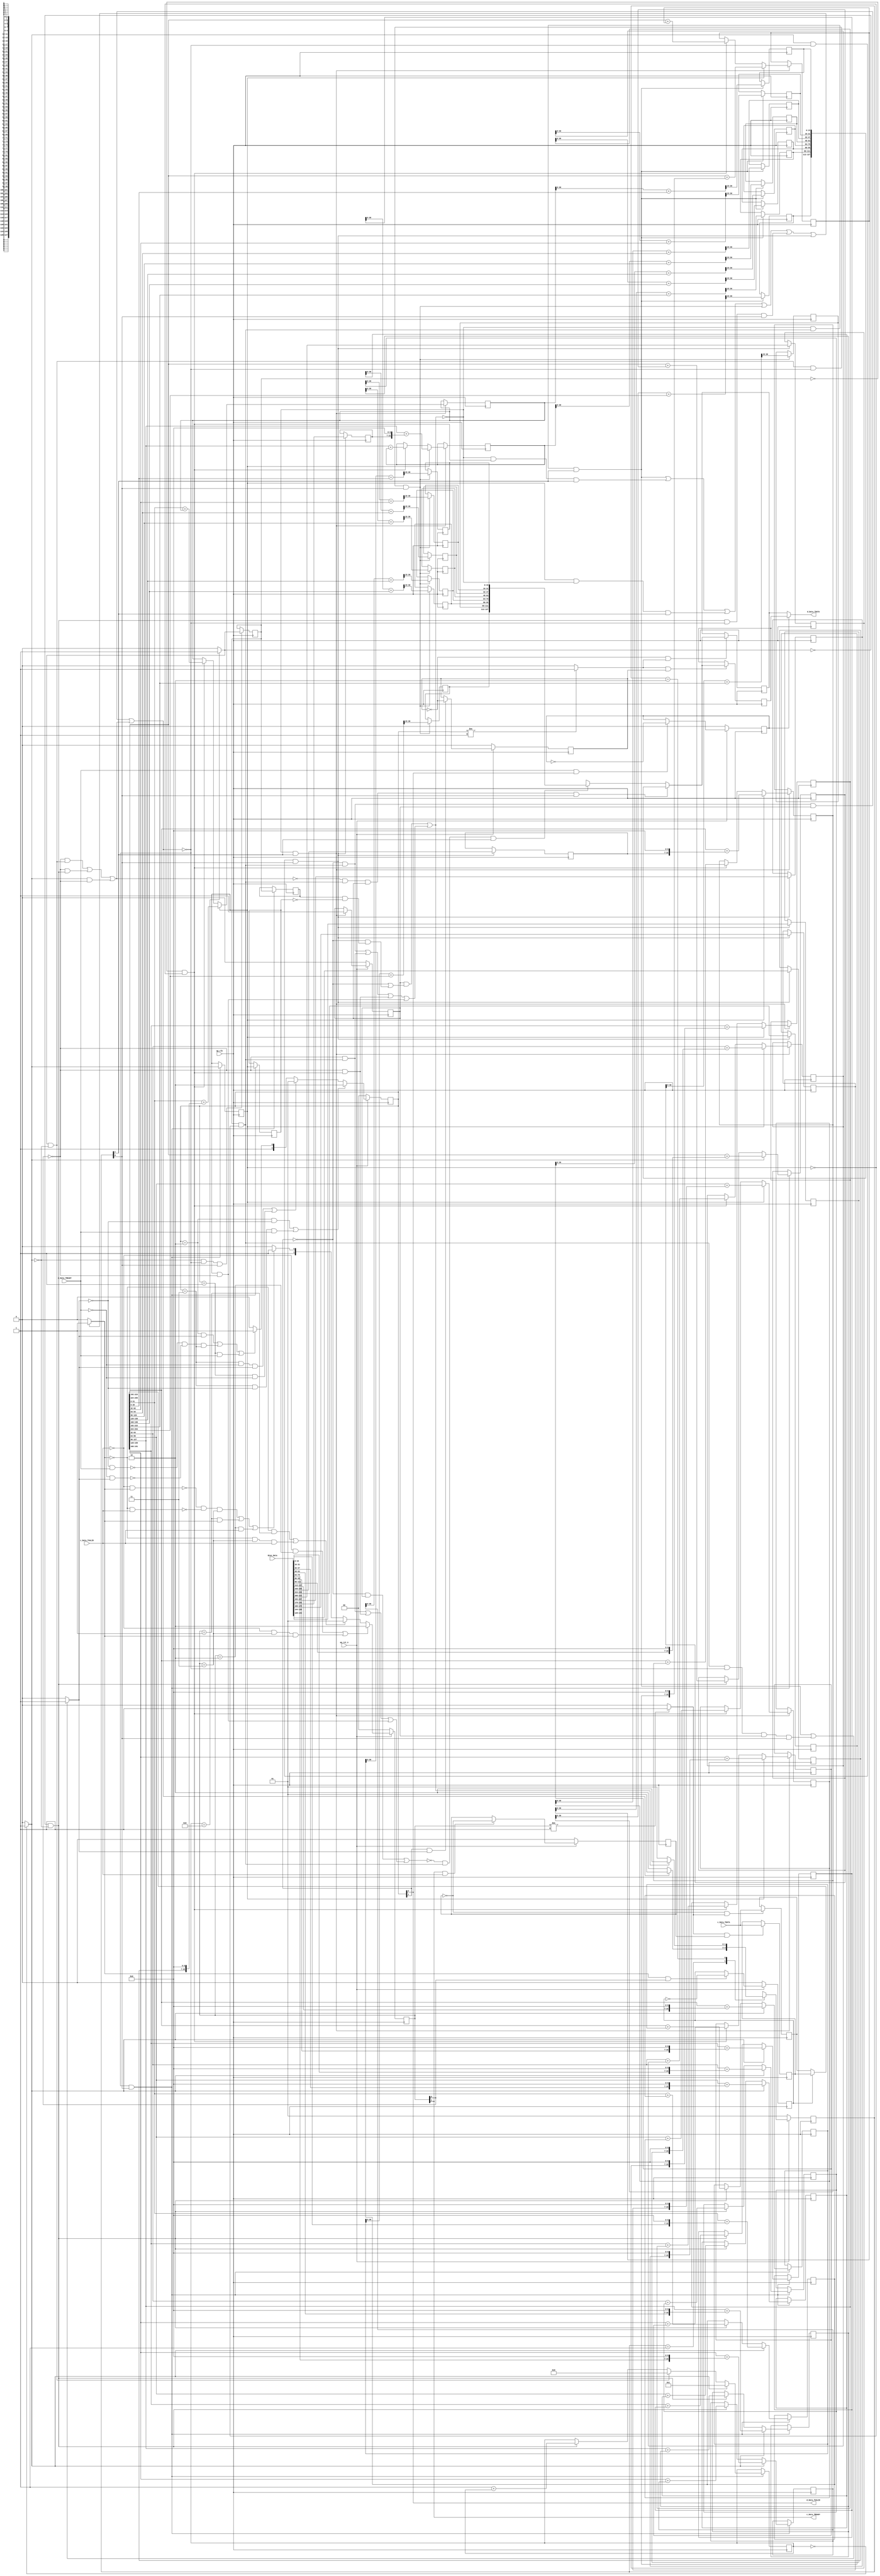
module Layer3_ACC_Array_8_16 (
        ap_clk,
        ap_rst_n,
        c_Data_TDATA,
        c_Data_TVALID,
        c_Data_TREADY,
        Bias_Data,
        d_Data_TDATA,
        d_Data_TVALID,
        d_Data_TREADY
);

parameter    ap_ST_fsm_pp0_stage0 = 2'd1;
parameter    ap_ST_fsm_pp0_stage1 = 2'd2;

input   ap_clk;
input   ap_rst_n;
input  [255:0] c_Data_TDATA;
input   c_Data_TVALID;
output   c_Data_TREADY;
input  [255:0] Bias_Data;
output  [127:0] d_Data_TDATA;
output   d_Data_TVALID;
input   d_Data_TREADY;

 reg    ap_rst_n_inv;
reg   [255:0] c_Data_0_data_out;
wire    c_Data_0_vld_in;
wire    c_Data_0_vld_out;
wire    c_Data_0_ack_in;
reg    c_Data_0_ack_out;
reg   [255:0] c_Data_0_payload_A;
reg   [255:0] c_Data_0_payload_B;
reg    c_Data_0_sel_rd;
reg    c_Data_0_sel_wr;
wire    c_Data_0_sel;
wire    c_Data_0_load_A;
wire    c_Data_0_load_B;
reg   [1:0] c_Data_0_state;
wire    c_Data_0_state_cmp_full;
reg   [127:0] d_Data_1_data_in;
reg   [127:0] d_Data_1_data_out;
reg    d_Data_1_vld_in;
wire    d_Data_1_vld_out;
wire    d_Data_1_ack_in;
wire    d_Data_1_ack_out;
reg   [127:0] d_Data_1_payload_A;
reg   [127:0] d_Data_1_payload_B;
reg    d_Data_1_sel_rd;
reg    d_Data_1_sel_wr;
wire    d_Data_1_sel;
wire    d_Data_1_load_A;
wire    d_Data_1_load_B;
reg   [1:0] d_Data_1_state;
wire    d_Data_1_state_cmp_full;
reg   [7:0] cnt;
reg   [31:0] d_t_0;
reg   [31:0] d_t_1;
reg   [31:0] d_t_2;
reg   [31:0] d_t_3;
reg   [31:0] d_t_4;
reg   [31:0] d_t_5;
reg   [31:0] d_t_6;
reg   [31:0] d_t_7;
reg   [31:0] d_t_8;
reg   [31:0] d_t_9;
reg   [31:0] d_t_10;
reg   [31:0] d_t_11;
reg   [31:0] d_t_12;
reg   [31:0] d_t_13;
reg   [31:0] d_t_14;
reg   [31:0] d_t_15;
reg    c_Data_TDATA_blk_n;
(* fsm_encoding = "none" *) reg   [1:0] ap_CS_fsm;
wire    ap_CS_fsm_pp0_stage0;
wire    ap_block_pp0_stage0;
wire   [0:0] tmp_fu_359_p2;
wire    ap_CS_fsm_pp0_stage1;
wire    ap_block_pp0_stage1;
reg   [0:0] tmp_reg_1551;
wire   [0:0] tmp_1_42_fu_429_p2;
reg   [0:0] tmp_1_42_reg_1555;
reg    d_Data_TDATA_blk_n;
reg    ap_enable_reg_pp0_iter1;
reg   [0:0] tmp_reg_1551_pp0_iter1_reg;
reg   [0:0] tmp_1_42_reg_1555_pp0_iter1_reg;
reg    ap_predicate_op27_read_state1;
reg    ap_predicate_op55_read_state1;
reg    ap_block_state1_pp0_stage0_iter0;
wire    ap_block_state3_pp0_stage0_iter1;
reg    ap_predicate_op247_write_state3;
reg    ap_predicate_op249_write_state3;
reg    ap_block_state3_io;
reg    ap_block_pp0_stage0_11001;
reg   [15:0] tmp_50_reg_1559;
reg   [15:0] tmp_52_reg_1564;
reg   [15:0] tmp_54_reg_1569;
reg   [15:0] tmp_56_reg_1574;
reg   [15:0] tmp_58_reg_1579;
reg   [15:0] tmp_60_reg_1584;
reg   [15:0] tmp_62_reg_1589;
reg   [15:0] tmp_64_reg_1594;
reg   [15:0] tmp_33_reg_1599;
reg   [15:0] tmp_35_reg_1604;
reg   [15:0] tmp_37_reg_1609;
reg   [15:0] tmp_39_reg_1614;
reg   [15:0] tmp_41_reg_1619;
reg   [15:0] tmp_43_reg_1624;
reg   [15:0] tmp_45_reg_1629;
reg   [15:0] tmp_47_reg_1634;
wire   [127:0] tmp_65_fu_1205_p9;
reg    ap_predicate_op154_read_state2;
reg    ap_predicate_op181_read_state2;
reg    ap_block_state2_pp0_stage1_iter0;
reg    ap_predicate_op180_write_state2;
reg    ap_block_state2_io;
reg    ap_block_state4_pp0_stage1_iter1;
reg    ap_predicate_op259_write_state4;
reg    ap_block_state4_io;
reg    ap_block_pp0_stage1_11001;
reg   [15:0] tmp_43_1_reg_1644;
reg   [15:0] tmp_48_1_reg_1649;
reg   [15:0] tmp_53_1_reg_1654;
reg   [15:0] tmp_58_1_reg_1659;
reg   [15:0] tmp_63_1_reg_1664;
reg   [15:0] tmp_68_1_reg_1669;
reg   [15:0] tmp_73_1_reg_1674;
reg   [15:0] tmp_78_1_reg_1679;
wire   [127:0] tmp_66_fu_1538_p9;
reg    ap_block_pp0_stage1_subdone;
wire   [7:0] tmp_79_fu_535_p2;
wire   [31:0] tmp_68_fu_439_p2;
wire   [31:0] tmp_3_fu_705_p2;
wire   [31:0] tmp_70_fu_451_p2;
wire   [31:0] tmp_s_fu_739_p2;
wire   [31:0] tmp_72_fu_463_p2;
wire   [31:0] tmp_12_fu_773_p2;
wire   [31:0] tmp_74_fu_475_p2;
wire   [31:0] tmp_16_fu_807_p2;
wire   [31:0] tmp_76_fu_487_p2;
wire   [31:0] tmp_20_fu_841_p2;
wire   [31:0] tmp_78_fu_499_p2;
wire   [31:0] tmp_24_fu_875_p2;
wire   [31:0] tmp_81_fu_511_p2;
wire   [31:0] tmp_28_fu_909_p2;
wire   [31:0] tmp_83_fu_523_p2;
wire   [31:0] tmp_32_fu_943_p2;
wire   [31:0] tmp_81_1_fu_1109_p2;
wire   [31:0] tmp_5_1_fu_1365_p2;
wire   [31:0] tmp_84_1_fu_1121_p2;
wire   [31:0] tmp_1_fu_1388_p2;
wire   [31:0] tmp_87_1_fu_1133_p2;
wire   [31:0] tmp_14_1_fu_1411_p2;
wire   [31:0] tmp_90_1_fu_1145_p2;
wire   [31:0] tmp_19_1_fu_1434_p2;
wire   [31:0] tmp_93_1_fu_1157_p2;
wire   [31:0] tmp_24_1_fu_1457_p2;
wire   [31:0] tmp_96_1_fu_1169_p2;
wire   [31:0] tmp_29_1_fu_1480_p2;
wire   [31:0] tmp_99_1_fu_1181_p2;
wire   [31:0] tmp_34_1_fu_1503_p2;
wire   [31:0] tmp_102_1_fu_1193_p2;
wire   [31:0] tmp_39_1_fu_1526_p2;
reg    ap_block_pp0_stage1_01001;
reg    ap_block_pp0_stage0_01001;
wire   [31:0] tmp_108_fu_435_p1;
wire   [31:0] grp_fu_215_p4;
wire   [31:0] grp_fu_225_p4;
wire   [31:0] grp_fu_235_p4;
wire   [31:0] grp_fu_245_p4;
wire   [31:0] grp_fu_255_p4;
wire   [31:0] grp_fu_265_p4;
wire   [31:0] grp_fu_275_p4;
wire   [30:0] tmp_2_fu_369_p1;
wire   [30:0] tmp_106_fu_553_p1;
wire   [30:0] tmp_49_fu_557_p2;
wire   [30:0] tmp_5_fu_377_p1;
wire   [30:0] grp_fu_285_p4;
wire   [30:0] tmp_51_fu_573_p2;
wire   [30:0] tmp_34_fu_385_p1;
wire   [30:0] grp_fu_295_p4;
wire   [30:0] tmp_53_fu_589_p2;
wire   [30:0] tmp_67_fu_393_p1;
wire   [30:0] grp_fu_305_p4;
wire   [30:0] tmp_55_fu_605_p2;
wire   [30:0] tmp_84_fu_401_p1;
wire   [30:0] grp_fu_315_p4;
wire   [30:0] tmp_57_fu_621_p2;
wire   [30:0] tmp_92_fu_409_p1;
wire   [30:0] grp_fu_325_p4;
wire   [30:0] tmp_59_fu_637_p2;
wire   [30:0] tmp_93_fu_417_p1;
wire   [30:0] grp_fu_335_p4;
wire   [30:0] tmp_61_fu_653_p2;
wire   [30:0] tmp_94_fu_425_p1;
wire   [30:0] grp_fu_345_p4;
wire   [30:0] tmp_63_fu_669_p2;
wire   [15:0] tmp_103_fu_685_p1;
wire   [22:0] tmp_4_fu_689_p3;
wire   [31:0] tmp_104_fu_701_p1;
wire  signed [31:0] tmp_4_cast_fu_697_p1;
wire   [15:0] tmp_6_fu_717_p4;
wire   [22:0] tmp_9_fu_727_p3;
wire  signed [31:0] tmp_9_cast_fu_735_p1;
wire   [15:0] tmp_8_fu_751_p4;
wire   [22:0] tmp_10_fu_761_p3;
wire  signed [31:0] tmp_13_cast_fu_769_p1;
wire   [15:0] tmp_13_fu_785_p4;
wire   [22:0] tmp_14_fu_795_p3;
wire  signed [31:0] tmp_18_cast_fu_803_p1;
wire   [15:0] tmp_17_fu_819_p4;
wire   [22:0] tmp_18_fu_829_p3;
wire  signed [31:0] tmp_23_cast_fu_837_p1;
wire   [15:0] tmp_21_fu_853_p4;
wire   [22:0] tmp_22_fu_863_p3;
wire  signed [31:0] tmp_28_cast_fu_871_p1;
wire   [15:0] tmp_25_fu_887_p4;
wire   [22:0] tmp_26_fu_897_p3;
wire  signed [31:0] tmp_33_cast_fu_905_p1;
wire   [15:0] tmp_29_fu_921_p4;
wire   [22:0] tmp_30_fu_931_p3;
wire  signed [31:0] tmp_38_cast_fu_939_p1;
wire   [31:0] tmp_109_fu_1105_p1;
wire   [30:0] tmp_95_fu_1045_p1;
wire   [30:0] tmp_107_fu_1218_p1;
wire   [30:0] tmp_41_1_fu_1222_p2;
wire   [30:0] tmp_96_fu_1053_p1;
wire   [30:0] tmp_46_1_fu_1238_p2;
wire   [30:0] tmp_97_fu_1061_p1;
wire   [30:0] tmp_51_1_fu_1254_p2;
wire   [30:0] tmp_98_fu_1069_p1;
wire   [30:0] tmp_56_1_fu_1270_p2;
wire   [30:0] tmp_99_fu_1077_p1;
wire   [30:0] tmp_61_1_fu_1286_p2;
wire   [30:0] tmp_100_fu_1085_p1;
wire   [30:0] tmp_66_1_fu_1302_p2;
wire   [30:0] tmp_101_fu_1093_p1;
wire   [30:0] tmp_71_1_fu_1318_p2;
wire   [30:0] tmp_102_fu_1101_p1;
wire   [30:0] tmp_76_1_fu_1334_p2;
wire   [22:0] tmp_4_1_fu_1350_p3;
wire   [31:0] tmp_105_fu_1361_p1;
wire  signed [31:0] tmp_4_1_cast_fu_1357_p1;
wire   [22:0] tmp_9_1_fu_1377_p3;
wire  signed [31:0] tmp_9_1_cast_fu_1384_p1;
wire   [22:0] tmp_13_1_fu_1400_p3;
wire  signed [31:0] tmp_13_1_cast_fu_1407_p1;
wire   [22:0] tmp_18_1_fu_1423_p3;
wire  signed [31:0] tmp_18_1_cast_fu_1430_p1;
wire   [22:0] tmp_23_1_fu_1446_p3;
wire  signed [31:0] tmp_23_1_cast_fu_1453_p1;
wire   [22:0] tmp_28_1_fu_1469_p3;
wire  signed [31:0] tmp_28_1_cast_fu_1476_p1;
wire   [22:0] tmp_33_1_fu_1492_p3;
wire  signed [31:0] tmp_33_1_cast_fu_1499_p1;
wire   [22:0] tmp_38_1_fu_1515_p3;
wire  signed [31:0] tmp_38_1_cast_fu_1522_p1;
reg   [1:0] ap_NS_fsm;
reg    ap_block_pp0_stage0_subdone;
wire    ap_reset_idle_pp0;
reg    ap_idle_pp0;
wire    ap_enable_pp0;
reg    ap_condition_346;
reg    ap_condition_386;

// power-on initialization
initial begin
#0 c_Data_0_sel_rd = 1'b0;
#0 c_Data_0_sel_wr = 1'b0;
#0 c_Data_0_state = 2'd0;
#0 d_Data_1_sel_rd = 1'b0;
#0 d_Data_1_sel_wr = 1'b0;
#0 d_Data_1_state = 2'd0;
#0 cnt = 8'd0;
#0 d_t_0 = 32'd0;
#0 d_t_1 = 32'd0;
#0 d_t_2 = 32'd0;
#0 d_t_3 = 32'd0;
#0 d_t_4 = 32'd0;
#0 d_t_5 = 32'd0;
#0 d_t_6 = 32'd0;
#0 d_t_7 = 32'd0;
#0 d_t_8 = 32'd0;
#0 d_t_9 = 32'd0;
#0 d_t_10 = 32'd0;
#0 d_t_11 = 32'd0;
#0 d_t_12 = 32'd0;
#0 d_t_13 = 32'd0;
#0 d_t_14 = 32'd0;
#0 d_t_15 = 32'd0;
#0 ap_CS_fsm = 2'd1;
#0 ap_enable_reg_pp0_iter1 = 1'b0;
end

always @ (posedge ap_clk) begin
    if (ap_rst_n_inv == 1'b1) begin
        ap_CS_fsm <= ap_ST_fsm_pp0_stage0;
    end else begin
        ap_CS_fsm <= ap_NS_fsm;
    end
end

always @ (posedge ap_clk) begin
    if (ap_rst_n_inv == 1'b1) begin
        ap_enable_reg_pp0_iter1 <= 1'b0;
    end else begin
        if (((1'b0 == ap_block_pp0_stage1_subdone) & (1'b1 == ap_CS_fsm_pp0_stage1))) begin
            ap_enable_reg_pp0_iter1 <= 1'b1;
        end
    end
end

always @ (posedge ap_clk) begin
    if (ap_rst_n_inv == 1'b1) begin
        c_Data_0_sel_rd <= 1'b0;
    end else begin
        if (((c_Data_0_ack_out == 1'b1) & (c_Data_0_vld_out == 1'b1))) begin
            c_Data_0_sel_rd <= ~c_Data_0_sel_rd;
        end
    end
end

always @ (posedge ap_clk) begin
    if (ap_rst_n_inv == 1'b1) begin
        c_Data_0_sel_wr <= 1'b0;
    end else begin
        if (((c_Data_0_ack_in == 1'b1) & (c_Data_0_vld_in == 1'b1))) begin
            c_Data_0_sel_wr <= ~c_Data_0_sel_wr;
        end
    end
end

always @ (posedge ap_clk) begin
    if (ap_rst_n_inv == 1'b1) begin
        c_Data_0_state <= 2'd0;
    end else begin
        if ((((c_Data_0_vld_in == 1'b0) & (c_Data_0_state == 2'd2)) | ((c_Data_0_vld_in == 1'b0) & (c_Data_0_state == 2'd3) & (c_Data_0_ack_out == 1'b1)))) begin
            c_Data_0_state <= 2'd2;
        end else if ((((c_Data_0_ack_out == 1'b0) & (c_Data_0_state == 2'd1)) | ((c_Data_0_ack_out == 1'b0) & (c_Data_0_state == 2'd3) & (c_Data_0_vld_in == 1'b1)))) begin
            c_Data_0_state <= 2'd1;
        end else if (((~((c_Data_0_vld_in == 1'b0) & (c_Data_0_ack_out == 1'b1)) & ~((c_Data_0_ack_out == 1'b0) & (c_Data_0_vld_in == 1'b1)) & (c_Data_0_state == 2'd3)) | ((c_Data_0_state == 2'd1) & (c_Data_0_ack_out == 1'b1)) | ((c_Data_0_state == 2'd2) & (c_Data_0_vld_in == 1'b1)))) begin
            c_Data_0_state <= 2'd3;
        end else begin
            c_Data_0_state <= 2'd2;
        end
    end
end

always @ (posedge ap_clk) begin
    if (ap_rst_n_inv == 1'b1) begin
        d_Data_1_sel_rd <= 1'b0;
    end else begin
        if (((d_Data_1_ack_out == 1'b1) & (d_Data_1_vld_out == 1'b1))) begin
            d_Data_1_sel_rd <= ~d_Data_1_sel_rd;
        end
    end
end

always @ (posedge ap_clk) begin
    if (ap_rst_n_inv == 1'b1) begin
        d_Data_1_sel_wr <= 1'b0;
    end else begin
        if (((d_Data_1_ack_in == 1'b1) & (d_Data_1_vld_in == 1'b1))) begin
            d_Data_1_sel_wr <= ~d_Data_1_sel_wr;
        end
    end
end

always @ (posedge ap_clk) begin
    if (ap_rst_n_inv == 1'b1) begin
        d_Data_1_state <= 2'd0;
    end else begin
        if ((((d_Data_1_state == 2'd2) & (d_Data_1_vld_in == 1'b0)) | ((d_Data_1_state == 2'd3) & (d_Data_1_vld_in == 1'b0) & (d_Data_1_ack_out == 1'b1)))) begin
            d_Data_1_state <= 2'd2;
        end else if ((((d_Data_1_state == 2'd3) & (d_Data_1_ack_out == 1'b0) & (d_Data_1_vld_in == 1'b1)) | ((d_Data_1_state == 2'd1) & (d_Data_1_ack_out == 1'b0)))) begin
            d_Data_1_state <= 2'd1;
        end else if ((((d_Data_1_state == 2'd2) & (d_Data_1_vld_in == 1'b1)) | (~((d_Data_1_vld_in == 1'b0) & (d_Data_1_ack_out == 1'b1)) & ~((d_Data_1_ack_out == 1'b0) & (d_Data_1_vld_in == 1'b1)) & (d_Data_1_state == 2'd3)) | ((d_Data_1_state == 2'd1) & (d_Data_1_ack_out == 1'b1)))) begin
            d_Data_1_state <= 2'd3;
        end else begin
            d_Data_1_state <= 2'd2;
        end
    end
end

always @ (posedge ap_clk) begin
    if ((1'b1 == ap_condition_346)) begin
        if ((tmp_fu_359_p2 == 1'd1)) begin
            cnt <= 8'd1;
        end else if (((tmp_1_42_fu_429_p2 == 1'd1) & (tmp_fu_359_p2 == 1'd0))) begin
            cnt <= 8'd0;
        end else if (((tmp_1_42_fu_429_p2 == 1'd0) & (tmp_fu_359_p2 == 1'd0))) begin
            cnt <= tmp_79_fu_535_p2;
        end
    end
end

always @ (posedge ap_clk) begin
    if ((1'b1 == ap_condition_346)) begin
        if ((tmp_fu_359_p2 == 1'd1)) begin
            d_t_0 <= tmp_3_fu_705_p2;
        end else if (((tmp_1_42_fu_429_p2 == 1'd0) & (tmp_fu_359_p2 == 1'd0))) begin
            d_t_0 <= tmp_68_fu_439_p2;
        end
    end
end

always @ (posedge ap_clk) begin
    if ((1'b1 == ap_condition_346)) begin
        if ((tmp_fu_359_p2 == 1'd1)) begin
            d_t_1 <= tmp_s_fu_739_p2;
        end else if (((tmp_1_42_fu_429_p2 == 1'd0) & (tmp_fu_359_p2 == 1'd0))) begin
            d_t_1 <= tmp_70_fu_451_p2;
        end
    end
end

always @ (posedge ap_clk) begin
    if ((1'b1 == ap_condition_386)) begin
        if ((tmp_reg_1551 == 1'd1)) begin
            d_t_10 <= tmp_14_1_fu_1411_p2;
        end else if (((tmp_1_42_reg_1555 == 1'd0) & (tmp_reg_1551 == 1'd0))) begin
            d_t_10 <= tmp_87_1_fu_1133_p2;
        end
    end
end

always @ (posedge ap_clk) begin
    if ((1'b1 == ap_condition_386)) begin
        if ((tmp_reg_1551 == 1'd1)) begin
            d_t_11 <= tmp_19_1_fu_1434_p2;
        end else if (((tmp_1_42_reg_1555 == 1'd0) & (tmp_reg_1551 == 1'd0))) begin
            d_t_11 <= tmp_90_1_fu_1145_p2;
        end
    end
end

always @ (posedge ap_clk) begin
    if ((1'b1 == ap_condition_386)) begin
        if ((tmp_reg_1551 == 1'd1)) begin
            d_t_12 <= tmp_24_1_fu_1457_p2;
        end else if (((tmp_1_42_reg_1555 == 1'd0) & (tmp_reg_1551 == 1'd0))) begin
            d_t_12 <= tmp_93_1_fu_1157_p2;
        end
    end
end

always @ (posedge ap_clk) begin
    if ((1'b1 == ap_condition_386)) begin
        if ((tmp_reg_1551 == 1'd1)) begin
            d_t_13 <= tmp_29_1_fu_1480_p2;
        end else if (((tmp_1_42_reg_1555 == 1'd0) & (tmp_reg_1551 == 1'd0))) begin
            d_t_13 <= tmp_96_1_fu_1169_p2;
        end
    end
end

always @ (posedge ap_clk) begin
    if ((1'b1 == ap_condition_386)) begin
        if ((tmp_reg_1551 == 1'd1)) begin
            d_t_14 <= tmp_34_1_fu_1503_p2;
        end else if (((tmp_1_42_reg_1555 == 1'd0) & (tmp_reg_1551 == 1'd0))) begin
            d_t_14 <= tmp_99_1_fu_1181_p2;
        end
    end
end

always @ (posedge ap_clk) begin
    if ((1'b1 == ap_condition_386)) begin
        if ((tmp_reg_1551 == 1'd1)) begin
            d_t_15 <= tmp_39_1_fu_1526_p2;
        end else if (((tmp_1_42_reg_1555 == 1'd0) & (tmp_reg_1551 == 1'd0))) begin
            d_t_15 <= tmp_102_1_fu_1193_p2;
        end
    end
end

always @ (posedge ap_clk) begin
    if ((1'b1 == ap_condition_346)) begin
        if ((tmp_fu_359_p2 == 1'd1)) begin
            d_t_2 <= tmp_12_fu_773_p2;
        end else if (((tmp_1_42_fu_429_p2 == 1'd0) & (tmp_fu_359_p2 == 1'd0))) begin
            d_t_2 <= tmp_72_fu_463_p2;
        end
    end
end

always @ (posedge ap_clk) begin
    if ((1'b1 == ap_condition_346)) begin
        if ((tmp_fu_359_p2 == 1'd1)) begin
            d_t_3 <= tmp_16_fu_807_p2;
        end else if (((tmp_1_42_fu_429_p2 == 1'd0) & (tmp_fu_359_p2 == 1'd0))) begin
            d_t_3 <= tmp_74_fu_475_p2;
        end
    end
end

always @ (posedge ap_clk) begin
    if ((1'b1 == ap_condition_346)) begin
        if ((tmp_fu_359_p2 == 1'd1)) begin
            d_t_4 <= tmp_20_fu_841_p2;
        end else if (((tmp_1_42_fu_429_p2 == 1'd0) & (tmp_fu_359_p2 == 1'd0))) begin
            d_t_4 <= tmp_76_fu_487_p2;
        end
    end
end

always @ (posedge ap_clk) begin
    if ((1'b1 == ap_condition_346)) begin
        if ((tmp_fu_359_p2 == 1'd1)) begin
            d_t_5 <= tmp_24_fu_875_p2;
        end else if (((tmp_1_42_fu_429_p2 == 1'd0) & (tmp_fu_359_p2 == 1'd0))) begin
            d_t_5 <= tmp_78_fu_499_p2;
        end
    end
end

always @ (posedge ap_clk) begin
    if ((1'b1 == ap_condition_346)) begin
        if ((tmp_fu_359_p2 == 1'd1)) begin
            d_t_6 <= tmp_28_fu_909_p2;
        end else if (((tmp_1_42_fu_429_p2 == 1'd0) & (tmp_fu_359_p2 == 1'd0))) begin
            d_t_6 <= tmp_81_fu_511_p2;
        end
    end
end

always @ (posedge ap_clk) begin
    if ((1'b1 == ap_condition_346)) begin
        if ((tmp_fu_359_p2 == 1'd1)) begin
            d_t_7 <= tmp_32_fu_943_p2;
        end else if (((tmp_1_42_fu_429_p2 == 1'd0) & (tmp_fu_359_p2 == 1'd0))) begin
            d_t_7 <= tmp_83_fu_523_p2;
        end
    end
end

always @ (posedge ap_clk) begin
    if ((1'b1 == ap_condition_386)) begin
        if ((tmp_reg_1551 == 1'd1)) begin
            d_t_8 <= tmp_5_1_fu_1365_p2;
        end else if (((tmp_1_42_reg_1555 == 1'd0) & (tmp_reg_1551 == 1'd0))) begin
            d_t_8 <= tmp_81_1_fu_1109_p2;
        end
    end
end

always @ (posedge ap_clk) begin
    if ((1'b1 == ap_condition_386)) begin
        if ((tmp_reg_1551 == 1'd1)) begin
            d_t_9 <= tmp_1_fu_1388_p2;
        end else if (((tmp_1_42_reg_1555 == 1'd0) & (tmp_reg_1551 == 1'd0))) begin
            d_t_9 <= tmp_84_1_fu_1121_p2;
        end
    end
end

always @ (posedge ap_clk) begin
    if ((c_Data_0_load_A == 1'b1)) begin
        c_Data_0_payload_A <= c_Data_TDATA;
    end
end

always @ (posedge ap_clk) begin
    if ((c_Data_0_load_B == 1'b1)) begin
        c_Data_0_payload_B <= c_Data_TDATA;
    end
end

always @ (posedge ap_clk) begin
    if ((d_Data_1_load_A == 1'b1)) begin
        d_Data_1_payload_A <= d_Data_1_data_in;
    end
end

always @ (posedge ap_clk) begin
    if ((d_Data_1_load_B == 1'b1)) begin
        d_Data_1_payload_B <= d_Data_1_data_in;
    end
end

always @ (posedge ap_clk) begin
    if (((tmp_fu_359_p2 == 1'd0) & (1'b0 == ap_block_pp0_stage0_11001) & (1'b1 == ap_CS_fsm_pp0_stage0))) begin
        tmp_1_42_reg_1555 <= tmp_1_42_fu_429_p2;
    end
end

always @ (posedge ap_clk) begin
    if (((1'b0 == ap_block_pp0_stage0_11001) & (1'b1 == ap_CS_fsm_pp0_stage0))) begin
        tmp_1_42_reg_1555_pp0_iter1_reg <= tmp_1_42_reg_1555;
        tmp_reg_1551 <= tmp_fu_359_p2;
        tmp_reg_1551_pp0_iter1_reg <= tmp_reg_1551;
    end
end

always @ (posedge ap_clk) begin
    if (((tmp_fu_359_p2 == 1'd1) & (1'b0 == ap_block_pp0_stage0_11001) & (1'b1 == ap_CS_fsm_pp0_stage0))) begin
        tmp_33_reg_1599 <= {{Bias_Data[143:128]}};
        tmp_35_reg_1604 <= {{Bias_Data[159:144]}};
        tmp_37_reg_1609 <= {{Bias_Data[175:160]}};
        tmp_39_reg_1614 <= {{Bias_Data[191:176]}};
        tmp_41_reg_1619 <= {{Bias_Data[207:192]}};
        tmp_43_reg_1624 <= {{Bias_Data[223:208]}};
        tmp_45_reg_1629 <= {{Bias_Data[239:224]}};
        tmp_47_reg_1634 <= {{Bias_Data[255:240]}};
    end
end

always @ (posedge ap_clk) begin
    if (((tmp_1_42_reg_1555 == 1'd1) & (tmp_reg_1551 == 1'd0) & (1'b0 == ap_block_pp0_stage1_11001) & (1'b1 == ap_CS_fsm_pp0_stage1))) begin
        tmp_43_1_reg_1644 <= {{tmp_41_1_fu_1222_p2[30:15]}};
        tmp_48_1_reg_1649 <= {{tmp_46_1_fu_1238_p2[30:15]}};
        tmp_53_1_reg_1654 <= {{tmp_51_1_fu_1254_p2[30:15]}};
        tmp_58_1_reg_1659 <= {{tmp_56_1_fu_1270_p2[30:15]}};
        tmp_63_1_reg_1664 <= {{tmp_61_1_fu_1286_p2[30:15]}};
        tmp_68_1_reg_1669 <= {{tmp_66_1_fu_1302_p2[30:15]}};
        tmp_73_1_reg_1674 <= {{tmp_71_1_fu_1318_p2[30:15]}};
        tmp_78_1_reg_1679 <= {{tmp_76_1_fu_1334_p2[30:15]}};
    end
end

always @ (posedge ap_clk) begin
    if (((tmp_1_42_fu_429_p2 == 1'd1) & (tmp_fu_359_p2 == 1'd0) & (1'b0 == ap_block_pp0_stage0_11001) & (1'b1 == ap_CS_fsm_pp0_stage0))) begin
        tmp_50_reg_1559 <= {{tmp_49_fu_557_p2[30:15]}};
        tmp_52_reg_1564 <= {{tmp_51_fu_573_p2[30:15]}};
        tmp_54_reg_1569 <= {{tmp_53_fu_589_p2[30:15]}};
        tmp_56_reg_1574 <= {{tmp_55_fu_605_p2[30:15]}};
        tmp_58_reg_1579 <= {{tmp_57_fu_621_p2[30:15]}};
        tmp_60_reg_1584 <= {{tmp_59_fu_637_p2[30:15]}};
        tmp_62_reg_1589 <= {{tmp_61_fu_653_p2[30:15]}};
        tmp_64_reg_1594 <= {{tmp_63_fu_669_p2[30:15]}};
    end
end

always @ (*) begin
    if (((ap_enable_reg_pp0_iter1 == 1'b0) & (1'b1 == 1'b0))) begin
        ap_idle_pp0 = 1'b1;
    end else begin
        ap_idle_pp0 = 1'b0;
    end
end

assign ap_reset_idle_pp0 = 1'b0;

always @ (*) begin
    if ((((1'b0 == ap_block_pp0_stage1_11001) & (ap_predicate_op181_read_state2 == 1'b1) & (1'b1 == ap_CS_fsm_pp0_stage1) & (1'b1 == 1'b1)) | ((1'b0 == ap_block_pp0_stage1_11001) & (ap_predicate_op154_read_state2 == 1'b1) & (1'b1 == ap_CS_fsm_pp0_stage1) & (1'b1 == 1'b1)) | ((tmp_reg_1551 == 1'd1) & (1'b0 == ap_block_pp0_stage1_11001) & (1'b1 == ap_CS_fsm_pp0_stage1) & (1'b1 == 1'b1)) | ((ap_predicate_op55_read_state1 == 1'b1) & (1'b0 == ap_block_pp0_stage0_11001) & (1'b1 == 1'b1) & (1'b1 == ap_CS_fsm_pp0_stage0)) | ((ap_predicate_op27_read_state1 == 1'b1) & (1'b0 == ap_block_pp0_stage0_11001) & (1'b1 == 1'b1) & (1'b1 == ap_CS_fsm_pp0_stage0)) | ((tmp_fu_359_p2 == 1'd1) & (1'b0 == ap_block_pp0_stage0_11001) & (1'b1 == 1'b1) & (1'b1 == ap_CS_fsm_pp0_stage0)))) begin
        c_Data_0_ack_out = 1'b1;
    end else begin
        c_Data_0_ack_out = 1'b0;
    end
end

always @ (*) begin
    if ((c_Data_0_sel == 1'b1)) begin
        c_Data_0_data_out = c_Data_0_payload_B;
    end else begin
        c_Data_0_data_out = c_Data_0_payload_A;
    end
end

always @ (*) begin
    if ((((tmp_1_42_reg_1555 == 1'd0) & (tmp_reg_1551 == 1'd0) & (1'b1 == ap_CS_fsm_pp0_stage1) & (1'b1 == 1'b1) & (1'b0 == ap_block_pp0_stage1)) | ((tmp_1_42_reg_1555 == 1'd1) & (tmp_reg_1551 == 1'd0) & (1'b1 == ap_CS_fsm_pp0_stage1) & (1'b1 == 1'b1) & (1'b0 == ap_block_pp0_stage1)) | ((tmp_reg_1551 == 1'd1) & (1'b1 == ap_CS_fsm_pp0_stage1) & (1'b1 == 1'b1) & (1'b0 == ap_block_pp0_stage1)) | ((tmp_1_42_fu_429_p2 == 1'd0) & (tmp_fu_359_p2 == 1'd0) & (1'b1 == 1'b1) & (1'b1 == ap_CS_fsm_pp0_stage0) & (1'b0 == ap_block_pp0_stage0)) | ((tmp_1_42_fu_429_p2 == 1'd1) & (tmp_fu_359_p2 == 1'd0) & (1'b1 == 1'b1) & (1'b1 == ap_CS_fsm_pp0_stage0) & (1'b0 == ap_block_pp0_stage0)) | ((tmp_fu_359_p2 == 1'd1) & (1'b1 == 1'b1) & (1'b1 == ap_CS_fsm_pp0_stage0) & (1'b0 == ap_block_pp0_stage0)))) begin
        c_Data_TDATA_blk_n = c_Data_0_state[1'd0];
    end else begin
        c_Data_TDATA_blk_n = 1'b1;
    end
end

always @ (*) begin
    if (((1'b0 == ap_block_pp0_stage0_01001) & (ap_predicate_op249_write_state3 == 1'b1) & (ap_enable_reg_pp0_iter1 == 1'b1) & (1'b1 == ap_CS_fsm_pp0_stage0))) begin
        d_Data_1_data_in = tmp_66_fu_1538_p9;
    end else if (((1'b0 == ap_block_pp0_stage1_01001) & (ap_predicate_op180_write_state2 == 1'b1) & (1'b1 == ap_CS_fsm_pp0_stage1) & (1'b1 == 1'b1))) begin
        d_Data_1_data_in = tmp_65_fu_1205_p9;
    end else begin
        d_Data_1_data_in = 'bx;
    end
end

always @ (*) begin
    if ((d_Data_1_sel == 1'b1)) begin
        d_Data_1_data_out = d_Data_1_payload_B;
    end else begin
        d_Data_1_data_out = d_Data_1_payload_A;
    end
end

always @ (*) begin
    if ((((1'b0 == ap_block_pp0_stage1_11001) & (ap_predicate_op180_write_state2 == 1'b1) & (1'b1 == ap_CS_fsm_pp0_stage1) & (1'b1 == 1'b1)) | ((ap_predicate_op249_write_state3 == 1'b1) & (1'b0 == ap_block_pp0_stage0_11001) & (ap_enable_reg_pp0_iter1 == 1'b1) & (1'b1 == ap_CS_fsm_pp0_stage0)))) begin
        d_Data_1_vld_in = 1'b1;
    end else begin
        d_Data_1_vld_in = 1'b0;
    end
end

always @ (*) begin
    if ((((tmp_1_42_reg_1555_pp0_iter1_reg == 1'd1) & (tmp_reg_1551_pp0_iter1_reg == 1'd0) & (ap_enable_reg_pp0_iter1 == 1'b1) & (1'b1 == ap_CS_fsm_pp0_stage1) & (1'b0 == ap_block_pp0_stage1)) | ((tmp_1_42_reg_1555 == 1'd1) & (tmp_reg_1551 == 1'd0) & (1'b1 == ap_CS_fsm_pp0_stage1) & (1'b1 == 1'b1) & (1'b0 == ap_block_pp0_stage1)) | ((tmp_1_42_reg_1555 == 1'd1) & (tmp_reg_1551 == 1'd0) & (ap_enable_reg_pp0_iter1 == 1'b1) & (1'b1 == ap_CS_fsm_pp0_stage0) & (1'b0 == ap_block_pp0_stage0)))) begin
        d_Data_TDATA_blk_n = d_Data_1_state[1'd1];
    end else begin
        d_Data_TDATA_blk_n = 1'b1;
    end
end

always @ (*) begin
    case (ap_CS_fsm)
        ap_ST_fsm_pp0_stage0 : begin
            if ((1'b0 == ap_block_pp0_stage0_subdone)) begin
                ap_NS_fsm = ap_ST_fsm_pp0_stage1;
            end else begin
                ap_NS_fsm = ap_ST_fsm_pp0_stage0;
            end
        end
        ap_ST_fsm_pp0_stage1 : begin
            if ((((1'b0 == ap_block_pp0_stage1_subdone) & (ap_reset_idle_pp0 == 1'b0)) | ((1'b0 == ap_block_pp0_stage1_subdone) & (ap_reset_idle_pp0 == 1'b1)))) begin
                ap_NS_fsm = ap_ST_fsm_pp0_stage0;
            end else begin
                ap_NS_fsm = ap_ST_fsm_pp0_stage1;
            end
        end
        default : begin
            ap_NS_fsm = 'bx;
        end
    endcase
end

assign ap_CS_fsm_pp0_stage0 = ap_CS_fsm[32'd0];

assign ap_CS_fsm_pp0_stage1 = ap_CS_fsm[32'd1];

assign ap_block_pp0_stage0 = ~(1'b1 == 1'b1);

always @ (*) begin
    ap_block_pp0_stage0_01001 = ((1'b1 == 1'b1) & (((c_Data_0_vld_out == 1'b0) & (ap_predicate_op55_read_state1 == 1'b1)) | ((c_Data_0_vld_out == 1'b0) & (ap_predicate_op27_read_state1 == 1'b1)) | ((tmp_fu_359_p2 == 1'd1) & (c_Data_0_vld_out == 1'b0))));
end

always @ (*) begin
    ap_block_pp0_stage0_11001 = (((1'b1 == ap_block_state3_io) & (ap_enable_reg_pp0_iter1 == 1'b1)) | ((1'b1 == 1'b1) & (((c_Data_0_vld_out == 1'b0) & (ap_predicate_op55_read_state1 == 1'b1)) | ((c_Data_0_vld_out == 1'b0) & (ap_predicate_op27_read_state1 == 1'b1)) | ((tmp_fu_359_p2 == 1'd1) & (c_Data_0_vld_out == 1'b0)))));
end

always @ (*) begin
    ap_block_pp0_stage0_subdone = (((1'b1 == ap_block_state3_io) & (ap_enable_reg_pp0_iter1 == 1'b1)) | ((1'b1 == 1'b1) & (((c_Data_0_vld_out == 1'b0) & (ap_predicate_op55_read_state1 == 1'b1)) | ((c_Data_0_vld_out == 1'b0) & (ap_predicate_op27_read_state1 == 1'b1)) | ((tmp_fu_359_p2 == 1'd1) & (c_Data_0_vld_out == 1'b0)))));
end

assign ap_block_pp0_stage1 = ~(1'b1 == 1'b1);

always @ (*) begin
    ap_block_pp0_stage1_01001 = (((d_Data_1_ack_in == 1'b0) & (ap_enable_reg_pp0_iter1 == 1'b1)) | ((1'b1 == 1'b1) & (((c_Data_0_vld_out == 1'b0) & (ap_predicate_op181_read_state2 == 1'b1)) | ((c_Data_0_vld_out == 1'b0) & (ap_predicate_op154_read_state2 == 1'b1)) | ((tmp_reg_1551 == 1'd1) & (c_Data_0_vld_out == 1'b0)))));
end

always @ (*) begin
    ap_block_pp0_stage1_11001 = (((ap_enable_reg_pp0_iter1 == 1'b1) & ((d_Data_1_ack_in == 1'b0) | (1'b1 == ap_block_state4_io))) | ((1'b1 == 1'b1) & ((1'b1 == ap_block_state2_io) | ((c_Data_0_vld_out == 1'b0) & (ap_predicate_op181_read_state2 == 1'b1)) | ((c_Data_0_vld_out == 1'b0) & (ap_predicate_op154_read_state2 == 1'b1)) | ((tmp_reg_1551 == 1'd1) & (c_Data_0_vld_out == 1'b0)))));
end

always @ (*) begin
    ap_block_pp0_stage1_subdone = (((ap_enable_reg_pp0_iter1 == 1'b1) & ((d_Data_1_ack_in == 1'b0) | (1'b1 == ap_block_state4_io))) | ((1'b1 == 1'b1) & ((1'b1 == ap_block_state2_io) | ((c_Data_0_vld_out == 1'b0) & (ap_predicate_op181_read_state2 == 1'b1)) | ((c_Data_0_vld_out == 1'b0) & (ap_predicate_op154_read_state2 == 1'b1)) | ((tmp_reg_1551 == 1'd1) & (c_Data_0_vld_out == 1'b0)))));
end

always @ (*) begin
    ap_block_state1_pp0_stage0_iter0 = (((c_Data_0_vld_out == 1'b0) & (ap_predicate_op55_read_state1 == 1'b1)) | ((c_Data_0_vld_out == 1'b0) & (ap_predicate_op27_read_state1 == 1'b1)) | ((tmp_fu_359_p2 == 1'd1) & (c_Data_0_vld_out == 1'b0)));
end

always @ (*) begin
    ap_block_state2_io = ((d_Data_1_ack_in == 1'b0) & (ap_predicate_op180_write_state2 == 1'b1));
end

always @ (*) begin
    ap_block_state2_pp0_stage1_iter0 = (((c_Data_0_vld_out == 1'b0) & (ap_predicate_op181_read_state2 == 1'b1)) | ((c_Data_0_vld_out == 1'b0) & (ap_predicate_op154_read_state2 == 1'b1)) | ((tmp_reg_1551 == 1'd1) & (c_Data_0_vld_out == 1'b0)));
end

always @ (*) begin
    ap_block_state3_io = (((d_Data_1_ack_in == 1'b0) & (ap_predicate_op249_write_state3 == 1'b1)) | ((d_Data_1_ack_in == 1'b0) & (ap_predicate_op247_write_state3 == 1'b1)));
end

assign ap_block_state3_pp0_stage0_iter1 = ~(1'b1 == 1'b1);

always @ (*) begin
    ap_block_state4_io = ((d_Data_1_ack_in == 1'b0) & (ap_predicate_op259_write_state4 == 1'b1));
end

always @ (*) begin
    ap_block_state4_pp0_stage1_iter1 = (d_Data_1_ack_in == 1'b0);
end

always @ (*) begin
    ap_condition_346 = ((1'b0 == ap_block_pp0_stage0_11001) & (1'b1 == 1'b1) & (1'b1 == ap_CS_fsm_pp0_stage0));
end

always @ (*) begin
    ap_condition_386 = ((1'b0 == ap_block_pp0_stage1_11001) & (1'b1 == ap_CS_fsm_pp0_stage1) & (1'b1 == 1'b1));
end

assign ap_enable_pp0 = (ap_idle_pp0 ^ 1'b1);

always @ (*) begin
    ap_predicate_op154_read_state2 = ((tmp_1_42_reg_1555 == 1'd0) & (tmp_reg_1551 == 1'd0));
end

always @ (*) begin
    ap_predicate_op180_write_state2 = ((tmp_1_42_reg_1555 == 1'd1) & (tmp_reg_1551 == 1'd0));
end

always @ (*) begin
    ap_predicate_op181_read_state2 = ((tmp_1_42_reg_1555 == 1'd1) & (tmp_reg_1551 == 1'd0));
end

always @ (*) begin
    ap_predicate_op247_write_state3 = ((tmp_1_42_reg_1555 == 1'd1) & (tmp_reg_1551 == 1'd0));
end

always @ (*) begin
    ap_predicate_op249_write_state3 = ((tmp_1_42_reg_1555 == 1'd1) & (tmp_reg_1551 == 1'd0));
end

always @ (*) begin
    ap_predicate_op259_write_state4 = ((tmp_1_42_reg_1555_pp0_iter1_reg == 1'd1) & (tmp_reg_1551_pp0_iter1_reg == 1'd0));
end

always @ (*) begin
    ap_predicate_op27_read_state1 = ((tmp_1_42_fu_429_p2 == 1'd0) & (tmp_fu_359_p2 == 1'd0));
end

always @ (*) begin
    ap_predicate_op55_read_state1 = ((tmp_1_42_fu_429_p2 == 1'd1) & (tmp_fu_359_p2 == 1'd0));
end

always @ (*) begin
    ap_rst_n_inv = ~ap_rst_n;
end

assign c_Data_0_ack_in = c_Data_0_state[1'd1];

assign c_Data_0_load_A = (~c_Data_0_sel_wr & c_Data_0_state_cmp_full);

assign c_Data_0_load_B = (c_Data_0_state_cmp_full & c_Data_0_sel_wr);

assign c_Data_0_sel = c_Data_0_sel_rd;

assign c_Data_0_state_cmp_full = ((c_Data_0_state != 2'd1) ? 1'b1 : 1'b0);

assign c_Data_0_vld_in = c_Data_TVALID;

assign c_Data_0_vld_out = c_Data_0_state[1'd0];

assign c_Data_TREADY = c_Data_0_state[1'd1];

assign d_Data_1_ack_in = d_Data_1_state[1'd1];

assign d_Data_1_ack_out = d_Data_TREADY;

assign d_Data_1_load_A = (~d_Data_1_sel_wr & d_Data_1_state_cmp_full);

assign d_Data_1_load_B = (d_Data_1_state_cmp_full & d_Data_1_sel_wr);

assign d_Data_1_sel = d_Data_1_sel_rd;

assign d_Data_1_state_cmp_full = ((d_Data_1_state != 2'd1) ? 1'b1 : 1'b0);

assign d_Data_1_vld_out = d_Data_1_state[1'd0];

assign d_Data_TDATA = d_Data_1_data_out;

assign d_Data_TVALID = d_Data_1_state[1'd0];

assign grp_fu_215_p4 = {{c_Data_0_data_out[63:32]}};

assign grp_fu_225_p4 = {{c_Data_0_data_out[95:64]}};

assign grp_fu_235_p4 = {{c_Data_0_data_out[127:96]}};

assign grp_fu_245_p4 = {{c_Data_0_data_out[159:128]}};

assign grp_fu_255_p4 = {{c_Data_0_data_out[191:160]}};

assign grp_fu_265_p4 = {{c_Data_0_data_out[223:192]}};

assign grp_fu_275_p4 = {{c_Data_0_data_out[255:224]}};

assign grp_fu_285_p4 = {{c_Data_0_data_out[62:32]}};

assign grp_fu_295_p4 = {{c_Data_0_data_out[94:64]}};

assign grp_fu_305_p4 = {{c_Data_0_data_out[126:96]}};

assign grp_fu_315_p4 = {{c_Data_0_data_out[158:128]}};

assign grp_fu_325_p4 = {{c_Data_0_data_out[190:160]}};

assign grp_fu_335_p4 = {{c_Data_0_data_out[222:192]}};

assign grp_fu_345_p4 = {{c_Data_0_data_out[254:224]}};

assign tmp_100_fu_1085_p1 = d_t_13[30:0];

assign tmp_101_fu_1093_p1 = d_t_14[30:0];

assign tmp_102_1_fu_1193_p2 = (grp_fu_275_p4 + d_t_15);

assign tmp_102_fu_1101_p1 = d_t_15[30:0];

assign tmp_103_fu_685_p1 = Bias_Data[15:0];

assign tmp_104_fu_701_p1 = c_Data_0_data_out[31:0];

assign tmp_105_fu_1361_p1 = c_Data_0_data_out[31:0];

assign tmp_106_fu_553_p1 = c_Data_0_data_out[30:0];

assign tmp_107_fu_1218_p1 = c_Data_0_data_out[30:0];

assign tmp_108_fu_435_p1 = c_Data_0_data_out[31:0];

assign tmp_109_fu_1105_p1 = c_Data_0_data_out[31:0];

assign tmp_10_fu_761_p3 = {{tmp_8_fu_751_p4}, {7'd0}};

assign tmp_12_fu_773_p2 = ($signed(grp_fu_225_p4) + $signed(tmp_13_cast_fu_769_p1));

assign tmp_13_1_cast_fu_1407_p1 = $signed(tmp_13_1_fu_1400_p3);

assign tmp_13_1_fu_1400_p3 = {{tmp_37_reg_1609}, {7'd0}};

assign tmp_13_cast_fu_769_p1 = $signed(tmp_10_fu_761_p3);

assign tmp_13_fu_785_p4 = {{Bias_Data[63:48]}};

assign tmp_14_1_fu_1411_p2 = ($signed(grp_fu_225_p4) + $signed(tmp_13_1_cast_fu_1407_p1));

assign tmp_14_fu_795_p3 = {{tmp_13_fu_785_p4}, {7'd0}};

assign tmp_16_fu_807_p2 = ($signed(grp_fu_235_p4) + $signed(tmp_18_cast_fu_803_p1));

assign tmp_17_fu_819_p4 = {{Bias_Data[79:64]}};

assign tmp_18_1_cast_fu_1430_p1 = $signed(tmp_18_1_fu_1423_p3);

assign tmp_18_1_fu_1423_p3 = {{tmp_39_reg_1614}, {7'd0}};

assign tmp_18_cast_fu_803_p1 = $signed(tmp_14_fu_795_p3);

assign tmp_18_fu_829_p3 = {{tmp_17_fu_819_p4}, {7'd0}};

assign tmp_19_1_fu_1434_p2 = ($signed(grp_fu_235_p4) + $signed(tmp_18_1_cast_fu_1430_p1));

assign tmp_1_42_fu_429_p2 = ((cnt == 8'd8) ? 1'b1 : 1'b0);

assign tmp_1_fu_1388_p2 = ($signed(grp_fu_215_p4) + $signed(tmp_9_1_cast_fu_1384_p1));

assign tmp_20_fu_841_p2 = ($signed(grp_fu_245_p4) + $signed(tmp_23_cast_fu_837_p1));

assign tmp_21_fu_853_p4 = {{Bias_Data[95:80]}};

assign tmp_22_fu_863_p3 = {{tmp_21_fu_853_p4}, {7'd0}};

assign tmp_23_1_cast_fu_1453_p1 = $signed(tmp_23_1_fu_1446_p3);

assign tmp_23_1_fu_1446_p3 = {{tmp_41_reg_1619}, {7'd0}};

assign tmp_23_cast_fu_837_p1 = $signed(tmp_18_fu_829_p3);

assign tmp_24_1_fu_1457_p2 = ($signed(grp_fu_245_p4) + $signed(tmp_23_1_cast_fu_1453_p1));

assign tmp_24_fu_875_p2 = ($signed(grp_fu_255_p4) + $signed(tmp_28_cast_fu_871_p1));

assign tmp_25_fu_887_p4 = {{Bias_Data[111:96]}};

assign tmp_26_fu_897_p3 = {{tmp_25_fu_887_p4}, {7'd0}};

assign tmp_28_1_cast_fu_1476_p1 = $signed(tmp_28_1_fu_1469_p3);

assign tmp_28_1_fu_1469_p3 = {{tmp_43_reg_1624}, {7'd0}};

assign tmp_28_cast_fu_871_p1 = $signed(tmp_22_fu_863_p3);

assign tmp_28_fu_909_p2 = ($signed(grp_fu_265_p4) + $signed(tmp_33_cast_fu_905_p1));

assign tmp_29_1_fu_1480_p2 = ($signed(grp_fu_255_p4) + $signed(tmp_28_1_cast_fu_1476_p1));

assign tmp_29_fu_921_p4 = {{Bias_Data[127:112]}};

assign tmp_2_fu_369_p1 = d_t_0[30:0];

assign tmp_30_fu_931_p3 = {{tmp_29_fu_921_p4}, {7'd0}};

assign tmp_32_fu_943_p2 = ($signed(grp_fu_275_p4) + $signed(tmp_38_cast_fu_939_p1));

assign tmp_33_1_cast_fu_1499_p1 = $signed(tmp_33_1_fu_1492_p3);

assign tmp_33_1_fu_1492_p3 = {{tmp_45_reg_1629}, {7'd0}};

assign tmp_33_cast_fu_905_p1 = $signed(tmp_26_fu_897_p3);

assign tmp_34_1_fu_1503_p2 = ($signed(grp_fu_265_p4) + $signed(tmp_33_1_cast_fu_1499_p1));

assign tmp_34_fu_385_p1 = d_t_2[30:0];

assign tmp_38_1_cast_fu_1522_p1 = $signed(tmp_38_1_fu_1515_p3);

assign tmp_38_1_fu_1515_p3 = {{tmp_47_reg_1634}, {7'd0}};

assign tmp_38_cast_fu_939_p1 = $signed(tmp_30_fu_931_p3);

assign tmp_39_1_fu_1526_p2 = ($signed(grp_fu_275_p4) + $signed(tmp_38_1_cast_fu_1522_p1));

assign tmp_3_fu_705_p2 = ($signed(tmp_104_fu_701_p1) + $signed(tmp_4_cast_fu_697_p1));

assign tmp_41_1_fu_1222_p2 = (tmp_95_fu_1045_p1 + tmp_107_fu_1218_p1);

assign tmp_46_1_fu_1238_p2 = (tmp_96_fu_1053_p1 + grp_fu_285_p4);

assign tmp_49_fu_557_p2 = (tmp_2_fu_369_p1 + tmp_106_fu_553_p1);

assign tmp_4_1_cast_fu_1357_p1 = $signed(tmp_4_1_fu_1350_p3);

assign tmp_4_1_fu_1350_p3 = {{tmp_33_reg_1599}, {7'd0}};

assign tmp_4_cast_fu_697_p1 = $signed(tmp_4_fu_689_p3);

assign tmp_4_fu_689_p3 = {{tmp_103_fu_685_p1}, {7'd0}};

assign tmp_51_1_fu_1254_p2 = (tmp_97_fu_1061_p1 + grp_fu_295_p4);

assign tmp_51_fu_573_p2 = (tmp_5_fu_377_p1 + grp_fu_285_p4);

assign tmp_53_fu_589_p2 = (tmp_34_fu_385_p1 + grp_fu_295_p4);

assign tmp_55_fu_605_p2 = (tmp_67_fu_393_p1 + grp_fu_305_p4);

assign tmp_56_1_fu_1270_p2 = (tmp_98_fu_1069_p1 + grp_fu_305_p4);

assign tmp_57_fu_621_p2 = (tmp_84_fu_401_p1 + grp_fu_315_p4);

assign tmp_59_fu_637_p2 = (tmp_92_fu_409_p1 + grp_fu_325_p4);

assign tmp_5_1_fu_1365_p2 = ($signed(tmp_105_fu_1361_p1) + $signed(tmp_4_1_cast_fu_1357_p1));

assign tmp_5_fu_377_p1 = d_t_1[30:0];

assign tmp_61_1_fu_1286_p2 = (tmp_99_fu_1077_p1 + grp_fu_315_p4);

assign tmp_61_fu_653_p2 = (tmp_93_fu_417_p1 + grp_fu_335_p4);

assign tmp_63_fu_669_p2 = (tmp_94_fu_425_p1 + grp_fu_345_p4);

assign tmp_65_fu_1205_p9 = {{{{{{{{tmp_64_reg_1594}, {tmp_62_reg_1589}}, {tmp_60_reg_1584}}, {tmp_58_reg_1579}}, {tmp_56_reg_1574}}, {tmp_54_reg_1569}}, {tmp_52_reg_1564}}, {tmp_50_reg_1559}};

assign tmp_66_1_fu_1302_p2 = (tmp_100_fu_1085_p1 + grp_fu_325_p4);

assign tmp_66_fu_1538_p9 = {{{{{{{{tmp_78_1_reg_1679}, {tmp_73_1_reg_1674}}, {tmp_68_1_reg_1669}}, {tmp_63_1_reg_1664}}, {tmp_58_1_reg_1659}}, {tmp_53_1_reg_1654}}, {tmp_48_1_reg_1649}}, {tmp_43_1_reg_1644}};

assign tmp_67_fu_393_p1 = d_t_3[30:0];

assign tmp_68_fu_439_p2 = (tmp_108_fu_435_p1 + d_t_0);

assign tmp_6_fu_717_p4 = {{Bias_Data[31:16]}};

assign tmp_70_fu_451_p2 = (grp_fu_215_p4 + d_t_1);

assign tmp_71_1_fu_1318_p2 = (tmp_101_fu_1093_p1 + grp_fu_335_p4);

assign tmp_72_fu_463_p2 = (grp_fu_225_p4 + d_t_2);

assign tmp_74_fu_475_p2 = (grp_fu_235_p4 + d_t_3);

assign tmp_76_1_fu_1334_p2 = (tmp_102_fu_1101_p1 + grp_fu_345_p4);

assign tmp_76_fu_487_p2 = (grp_fu_245_p4 + d_t_4);

assign tmp_78_fu_499_p2 = (grp_fu_255_p4 + d_t_5);

assign tmp_79_fu_535_p2 = (8'd1 + cnt);

assign tmp_81_1_fu_1109_p2 = (tmp_109_fu_1105_p1 + d_t_8);

assign tmp_81_fu_511_p2 = (grp_fu_265_p4 + d_t_6);

assign tmp_83_fu_523_p2 = (grp_fu_275_p4 + d_t_7);

assign tmp_84_1_fu_1121_p2 = (grp_fu_215_p4 + d_t_9);

assign tmp_84_fu_401_p1 = d_t_4[30:0];

assign tmp_87_1_fu_1133_p2 = (grp_fu_225_p4 + d_t_10);

assign tmp_8_fu_751_p4 = {{Bias_Data[47:32]}};

assign tmp_90_1_fu_1145_p2 = (grp_fu_235_p4 + d_t_11);

assign tmp_92_fu_409_p1 = d_t_5[30:0];

assign tmp_93_1_fu_1157_p2 = (grp_fu_245_p4 + d_t_12);

assign tmp_93_fu_417_p1 = d_t_6[30:0];

assign tmp_94_fu_425_p1 = d_t_7[30:0];

assign tmp_95_fu_1045_p1 = d_t_8[30:0];

assign tmp_96_1_fu_1169_p2 = (grp_fu_255_p4 + d_t_13);

assign tmp_96_fu_1053_p1 = d_t_9[30:0];

assign tmp_97_fu_1061_p1 = d_t_10[30:0];

assign tmp_98_fu_1069_p1 = d_t_11[30:0];

assign tmp_99_1_fu_1181_p2 = (grp_fu_265_p4 + d_t_14);

assign tmp_99_fu_1077_p1 = d_t_12[30:0];

assign tmp_9_1_cast_fu_1384_p1 = $signed(tmp_9_1_fu_1377_p3);

assign tmp_9_1_fu_1377_p3 = {{tmp_35_reg_1604}, {7'd0}};

assign tmp_9_cast_fu_735_p1 = $signed(tmp_9_fu_727_p3);

assign tmp_9_fu_727_p3 = {{tmp_6_fu_717_p4}, {7'd0}};

assign tmp_fu_359_p2 = ((cnt == 8'd0) ? 1'b1 : 1'b0);

assign tmp_s_fu_739_p2 = ($signed(grp_fu_215_p4) + $signed(tmp_9_cast_fu_735_p1));

endmodule